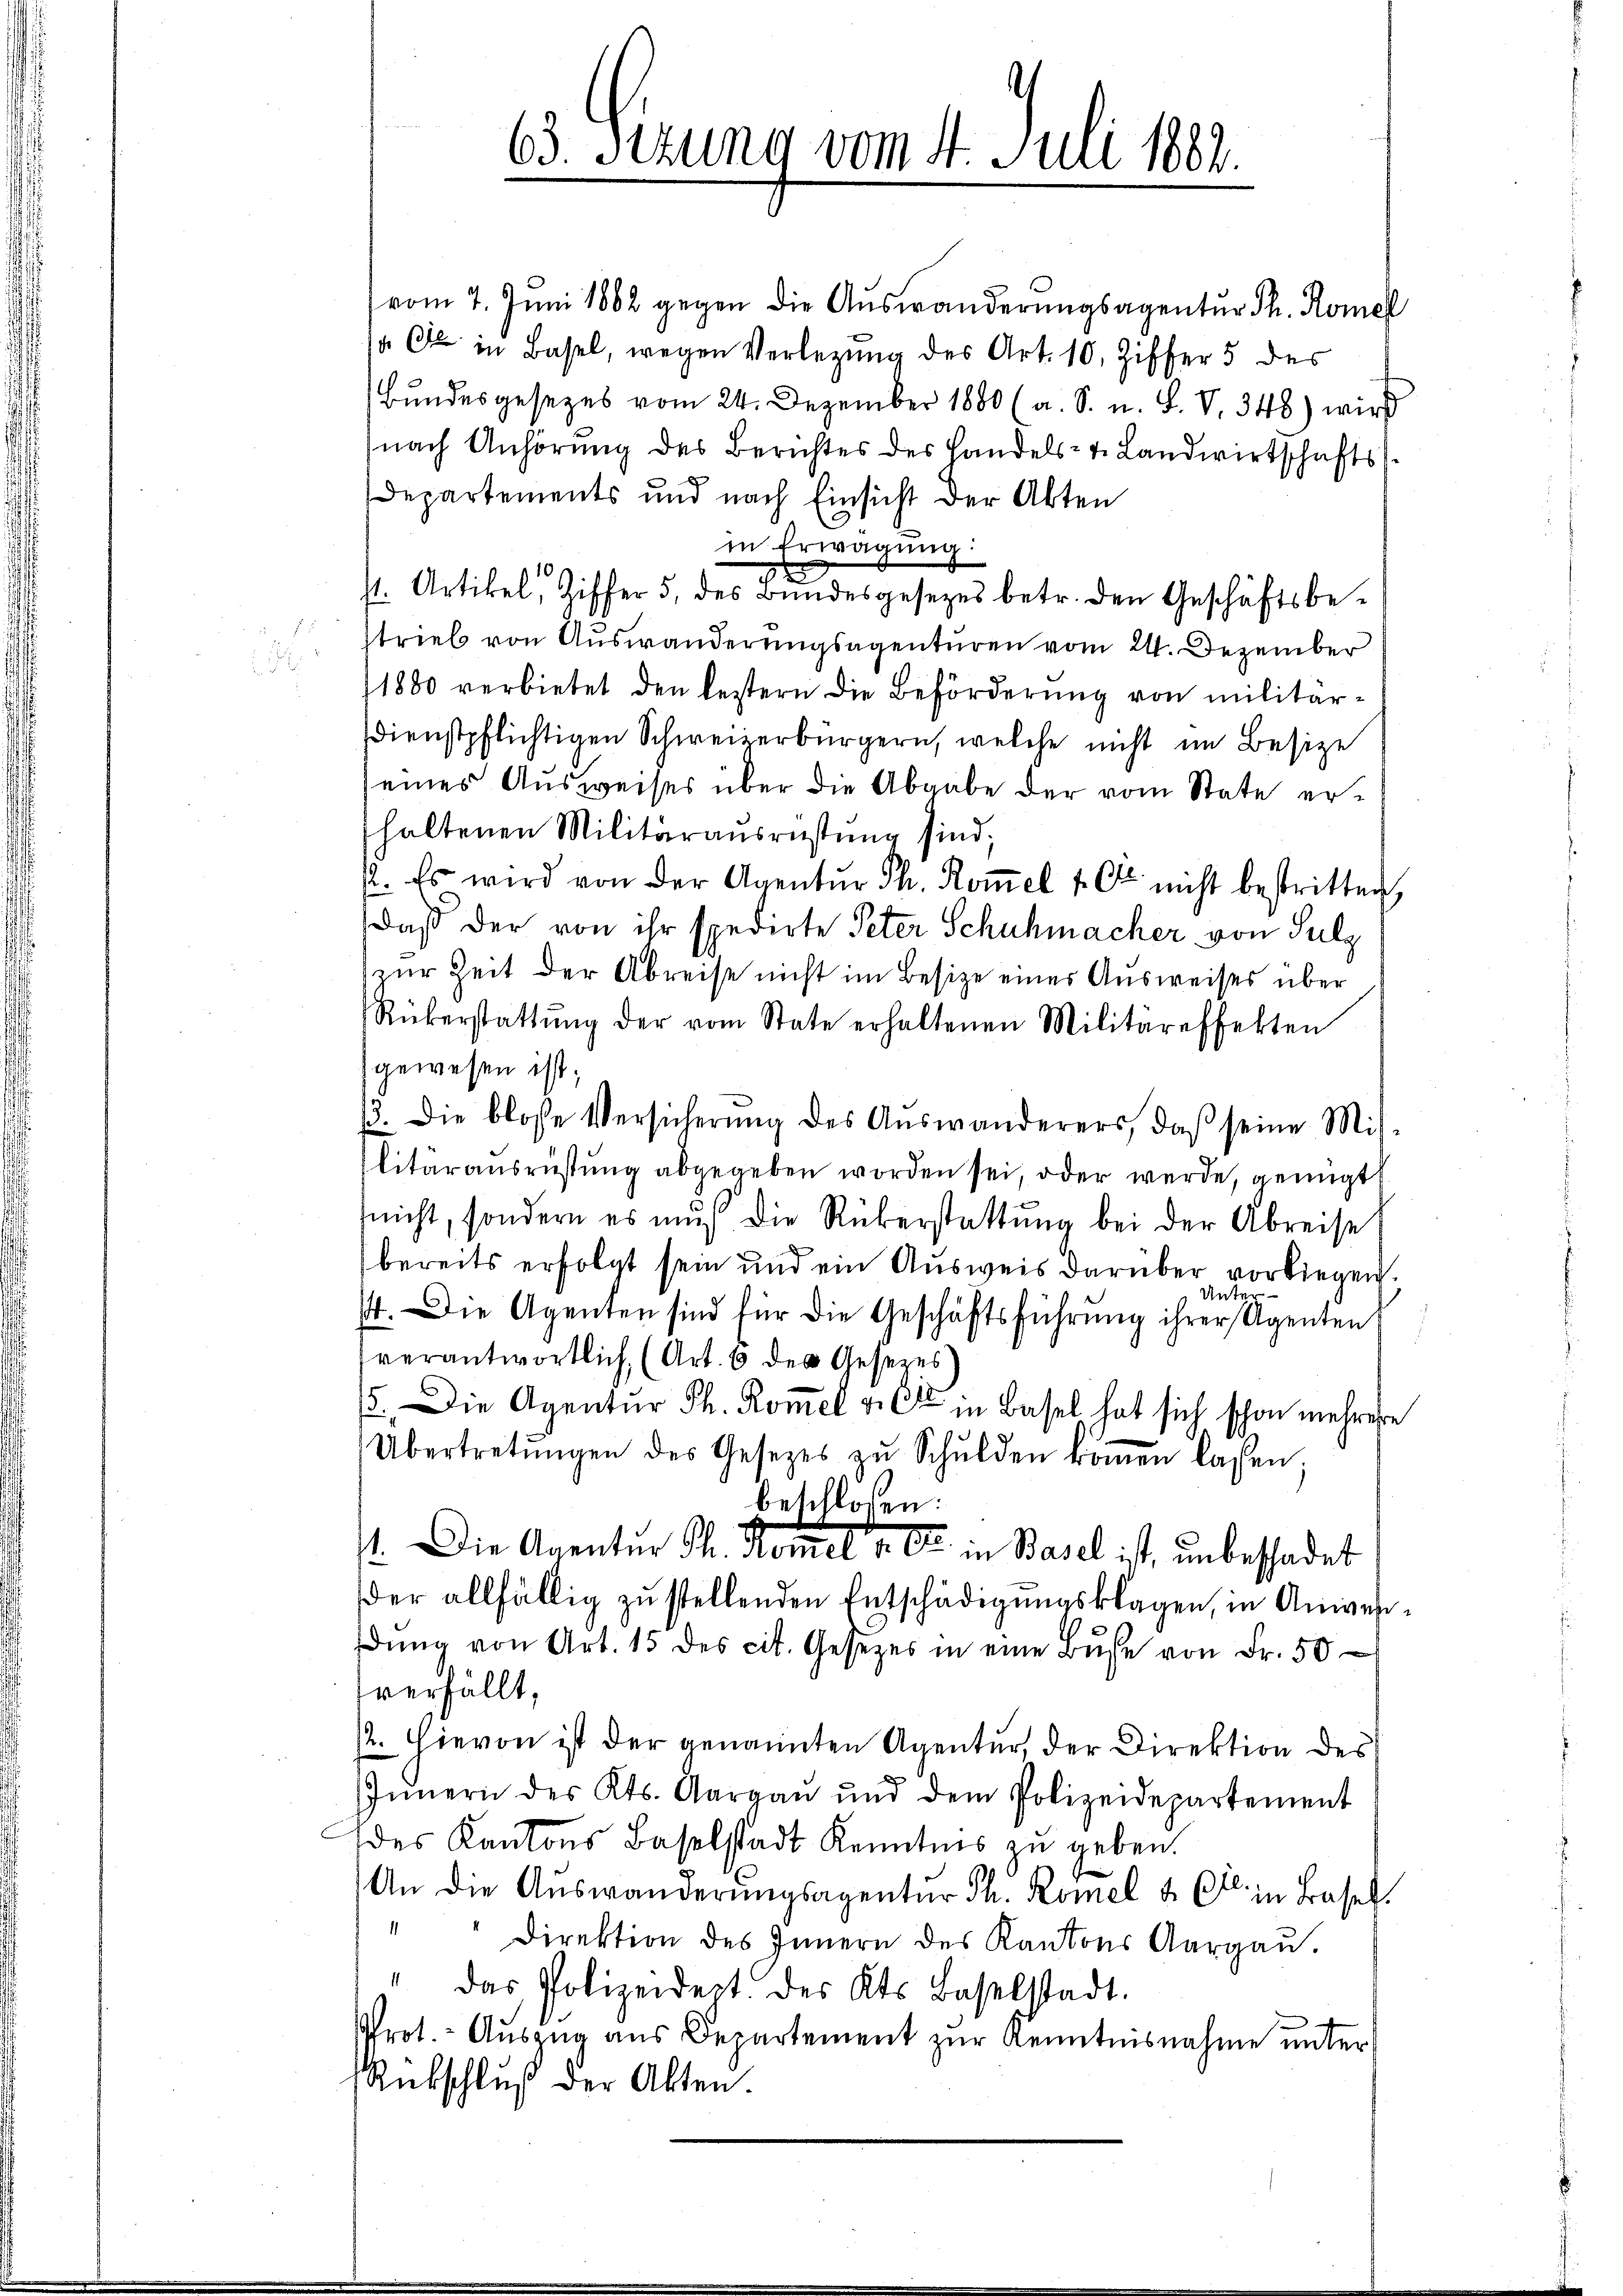
65. Dezung vom 4. Juli 1883.

vom 7. Juni 1862 gegen die Auswanderungsagentur Th. Romel
 C in Basel, wegen Verlegung des Art. 10. Ziffer 5 des
Bundesgesezes vom 24. Dezember 1880 (a. S. u. L. V. 348) wird
nach Anhörung des Berichtes des Handels- u. Landwirtschafts
Departements und nach Einsicht der Akten
in Erwägung.
st. Artikel, Ziffer 5 des Bundesgesetzes betr. den Geschäftsbestrieb von Auswanderungsagenturen vom 24. Dezember
1880 verbietet den leztern die Beförderŭng von militar-
Dienstpflichtigen Schweizerbürgern, welche nicht im Besize
eines Ausweises über die Abgabe der vom State erhaltenen Militärausrüstung sind;
2. Es wird von der Agentŭr Th. Koṁel 1 Ct. nicht bestritten,
daß der von ihr spedirte Peter Schuhmacher von Sulz
zur Zeit der Abreise nicht im Besize einer Ausweises über
Rükerstattŭng der vom State erhaltenen Militäreffekten
gewesen ist;
/3. Die blose Versicherŭng des Aŭswanderers, daβ seine Mis-
litarausrüstung abgegeben worden sei, oder werde, genügt
nicht, sondern es muss die Rükerstattung bei der Abreise
bereits erfolgt sein und ein Ausweis darüber vorliegen.
14. Die Agenten sind für die Geschäftsführung ihrer eigenten
verantwortlich, (Art. 6 des Gesetzes
65. Die Agentur Th. Kom̅el v. Ott in Basel hat sich schon mehrere
Übertretŭngen des Gesetzes zŭ Schulden koṁen lassen;
beschloßen:
4. Die Agentur M. Komet a. O. in Basel ist, unbeschadet
der allfällig zu stellenden Entschädigungsklagen, in Anwesdŭng von Art. 15 des cit. Gesetzes in eine Bŭsse von Fr. 50
verfällt,
12. Hievon ist der genannten Agentur, der Direktion des
Innern des Kts. Aargaŭ ŭnd dem Polizeidepartement
des Kantons Baselstadt Kenntnis zu geben.
An die Aŭswanderŭngsagentŭr Th. Romel u. Ct. in Basel
" " Direktion des Innern des Kantons Aargaŭ.
das Polizeidept. des Kts. Baselstadt.
Prot. Aŭszŭg aŭs Departement zŭr Kenntnisnahme unter
Rückschluß der Akten